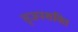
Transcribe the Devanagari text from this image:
सृजनशक्ति